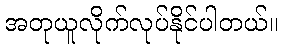
အတုယူလိုက်လုပ်နိုင်ပါတယ်။